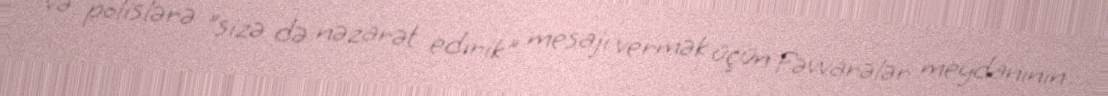
və polislərə "sizə də nəzarət edirik" mesajı vermək üçün Fəvvarələr meydanının